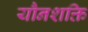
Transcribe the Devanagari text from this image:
यौनशक्ति